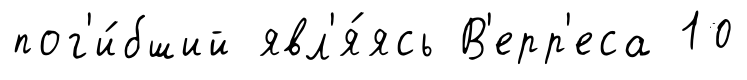
пог'и́бший явл'я́ясь В'ерр'еса 10